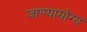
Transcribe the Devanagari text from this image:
जाण्यायोग्य